Subject: math
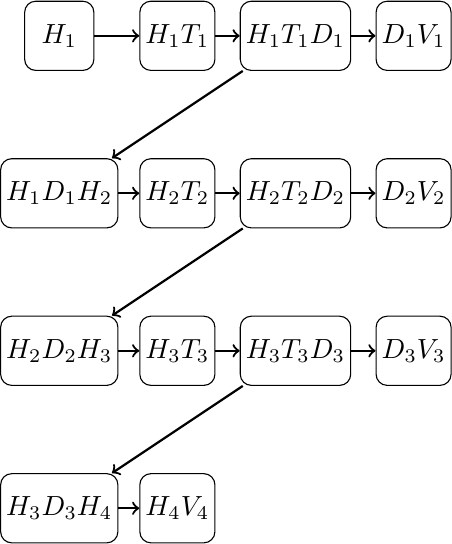
LaTeX code:
\begin{tikzpicture}
    [cluster/.style={fill=white!80, draw, minimum size=2.5em, inner sep=2pt, rounded corners}]
     \node[cluster] (1) at (0, 0)      {$H_1$};
     \node[cluster] (2) at (1.5, 0)      {$H_1T_1$};
     \node[cluster] (3) at (3, 0)      {$H_1T_1D_1$};
     \node[cluster] (4) at (4.5, 0)      {$D_1V_1$};
     \node[cluster] (5) at (0, -2)      {$H_1D_1H_2$};
     \node[cluster] (6) at (1.5, -2)      {$H_2T_2$};
     \node[cluster] (7) at (3, -2)      {$H_2T_2D_2$};
     \node[cluster] (8) at (4.5, -2)      {$D_2V_2$};
     \node[cluster] (9) at (0, -4)      {$H_2D_2H_3$};
     \node[cluster] (10) at (1.5, -4)      {$H_3T_3$};
     \node[cluster] (11) at (3, -4)      {$H_3T_3D_3$};
     \node[cluster] (12) at (4.5, -4)      {$D_3V_3$};
     \node[cluster] (13) at (0, -6)      {$H_3D_3H_4$};
     \node[cluster] (14) at (1.5, -6)      {$H_4V_4$};
     \draw[->, thick] (1) -- (2);
     \draw[->, thick] (2) -- (3);
     \draw[->, thick] (3) -- (4);
     \draw[->, thick] (3) -- (5);
     \draw[->, thick] (5) -- (6);
     \draw[->, thick] (6) -- (7);
     \draw[->, thick] (7) -- (8);
     \draw[->, thick] (7) -- (9);
     \draw[->, thick] (9) -- (10);
     \draw[->, thick] (10) -- (11);
     \draw[->, thick] (11) -- (12);
     \draw[->, thick] (11) -- (13);
     \draw[->, thick] (13) -- (14);
\end{tikzpicture}